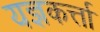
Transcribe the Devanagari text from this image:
यज्ञकर्त्ता